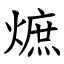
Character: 熫